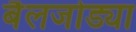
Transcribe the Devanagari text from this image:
बैलजोड्या